NAE_ERA_R-30_Eesti_Riiklik_Spordiamet, lk 20
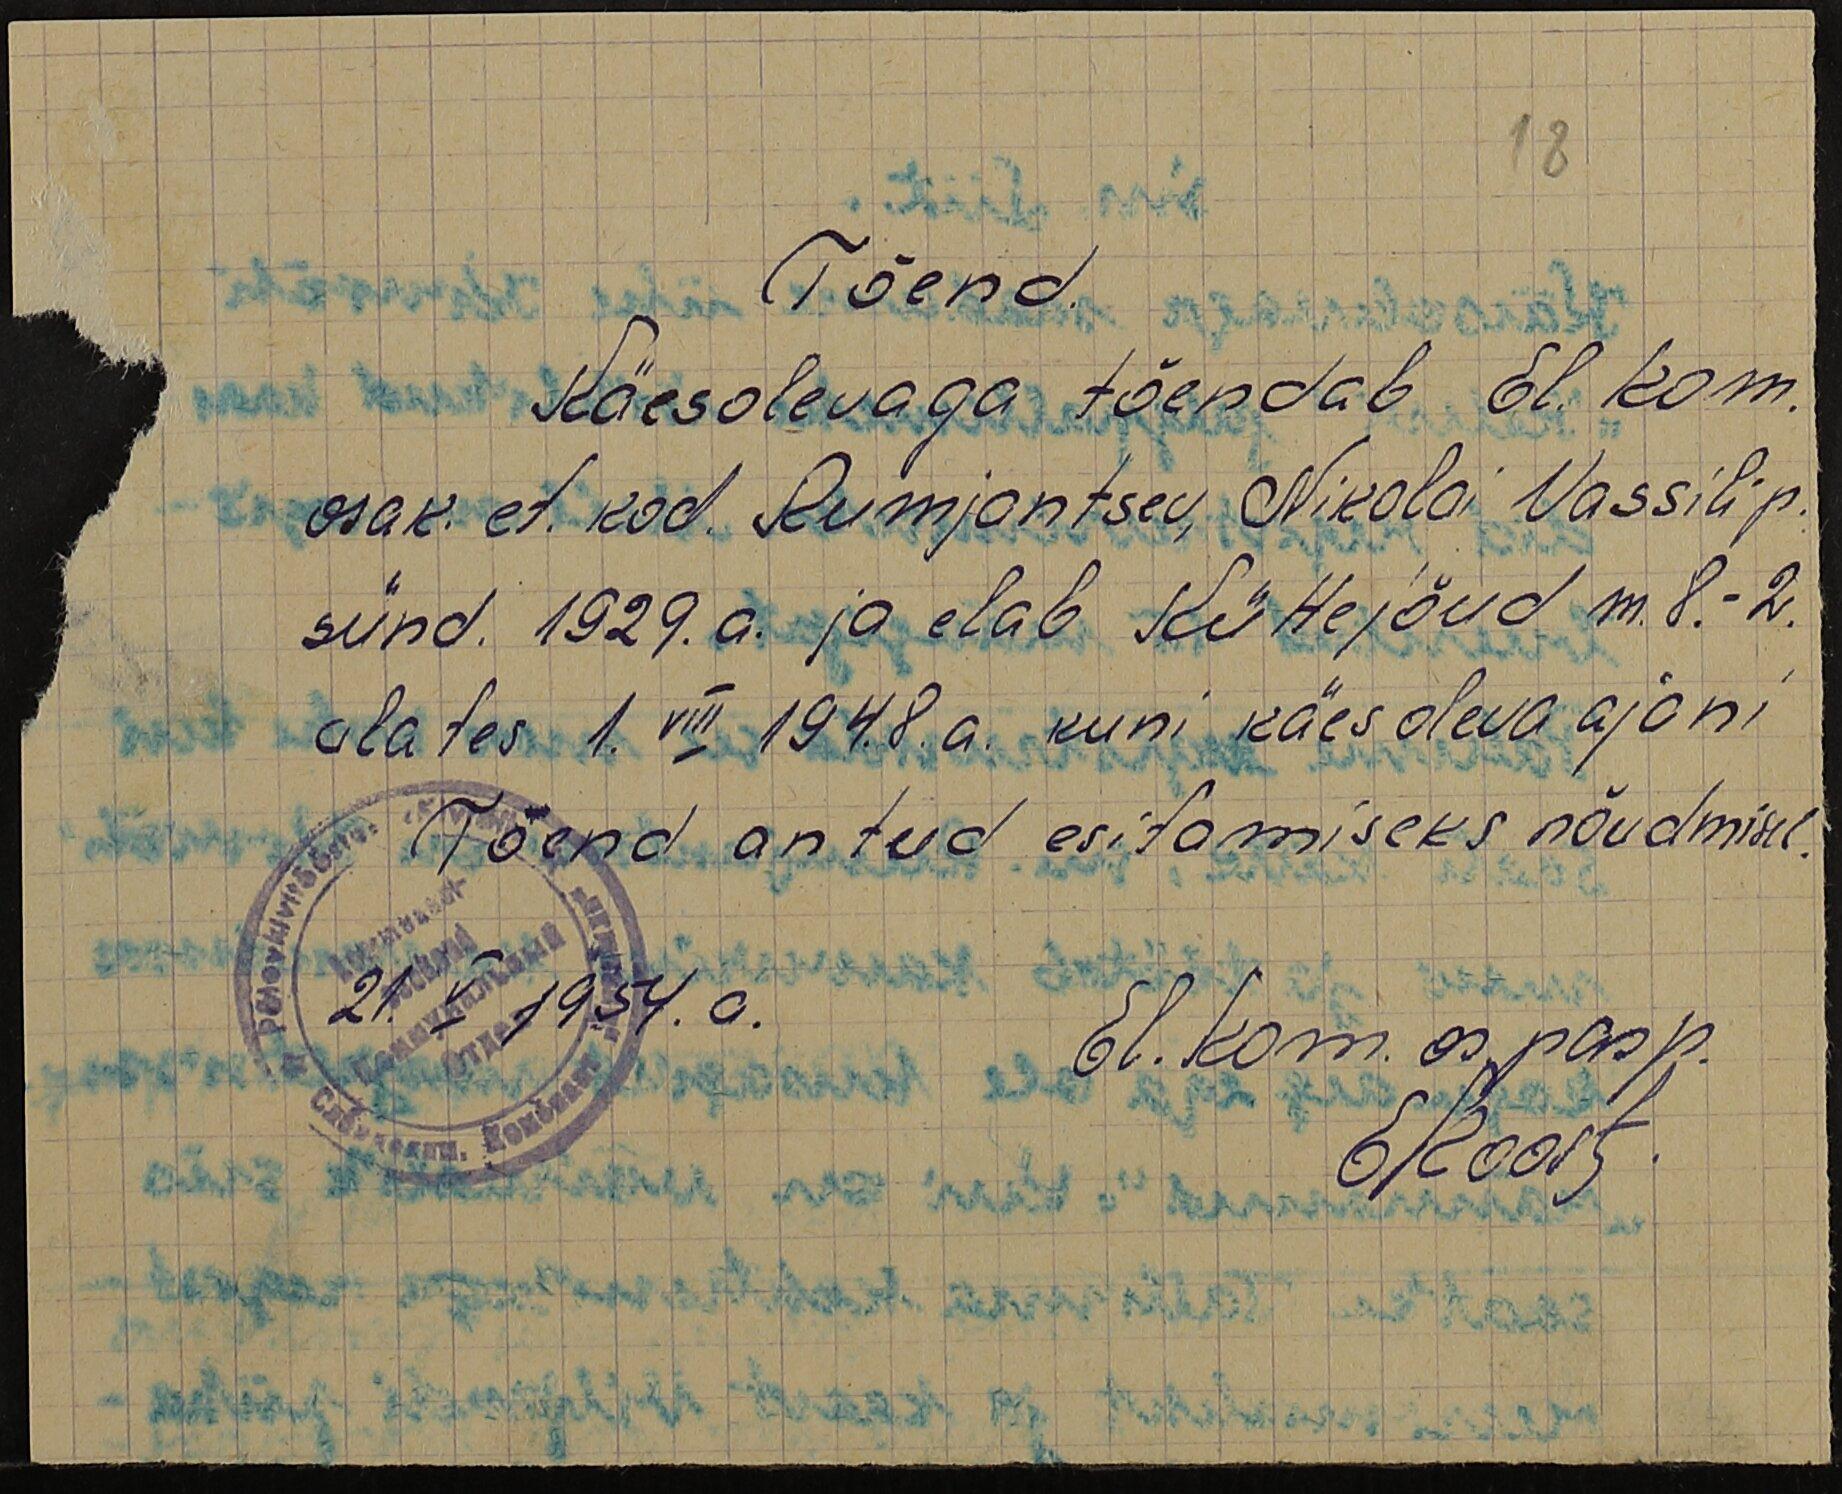
18
Tõend.
Käesolevaga tõendab El. kom.
osak. et. kod. Rumjantsev, Nikolai Vassili p.
sünd. 1929. a. ja elab Küttejõud m. 8.-2.
alates 1. VIII 1948. a. kuni käesoleva ajani
Tõend antud esitamiseks nõudmisel.
21.V.1954. a.
El. kom. os. pasp.
Ekoort.